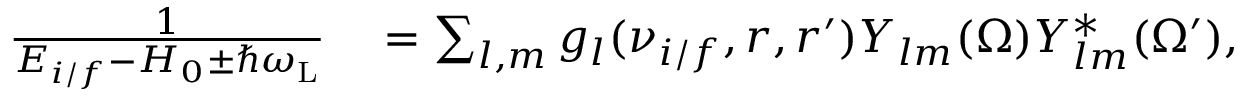
\begin{array} { r l } { \frac { 1 } { { \cal E } _ { i / f } - H _ { 0 } \pm \hbar \omega _ { \mathrm { L } } } } & { { } = \sum _ { l , m } g _ { l } ( \nu _ { i / f } , r , r ^ { \prime } ) Y _ { l m } ( \Omega ) Y _ { l m } ^ { * } ( \Omega ^ { \prime } ) , } \end{array}